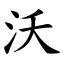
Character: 沃